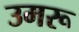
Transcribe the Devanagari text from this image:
उमरू